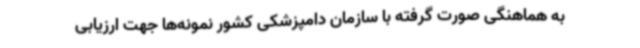
به هماهنگی صورت گرفته با سازمان دامپزشکی کشور نمونه‌ها جهت ارزیابی